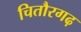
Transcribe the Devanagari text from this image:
चितौरगढ़